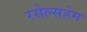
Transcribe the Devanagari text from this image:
रसेल्सहेम